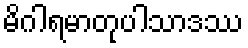
မိဂါရမာတုပါသာဒဿ